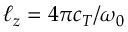
\ell _ { z } = 4 \pi c _ { T } / \omega _ { 0 }